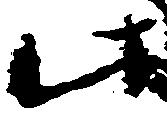
此